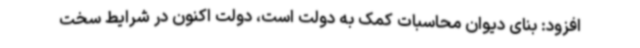
افزود: بنای دیوان محاسبات کمک به دولت است، دولت اکنون در شرایط سخت